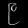
Digit: ၉